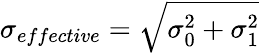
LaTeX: \sigma_{effective}=\sqrt{\sigma_{0}^{2}+\sigma_{1}^{2}}